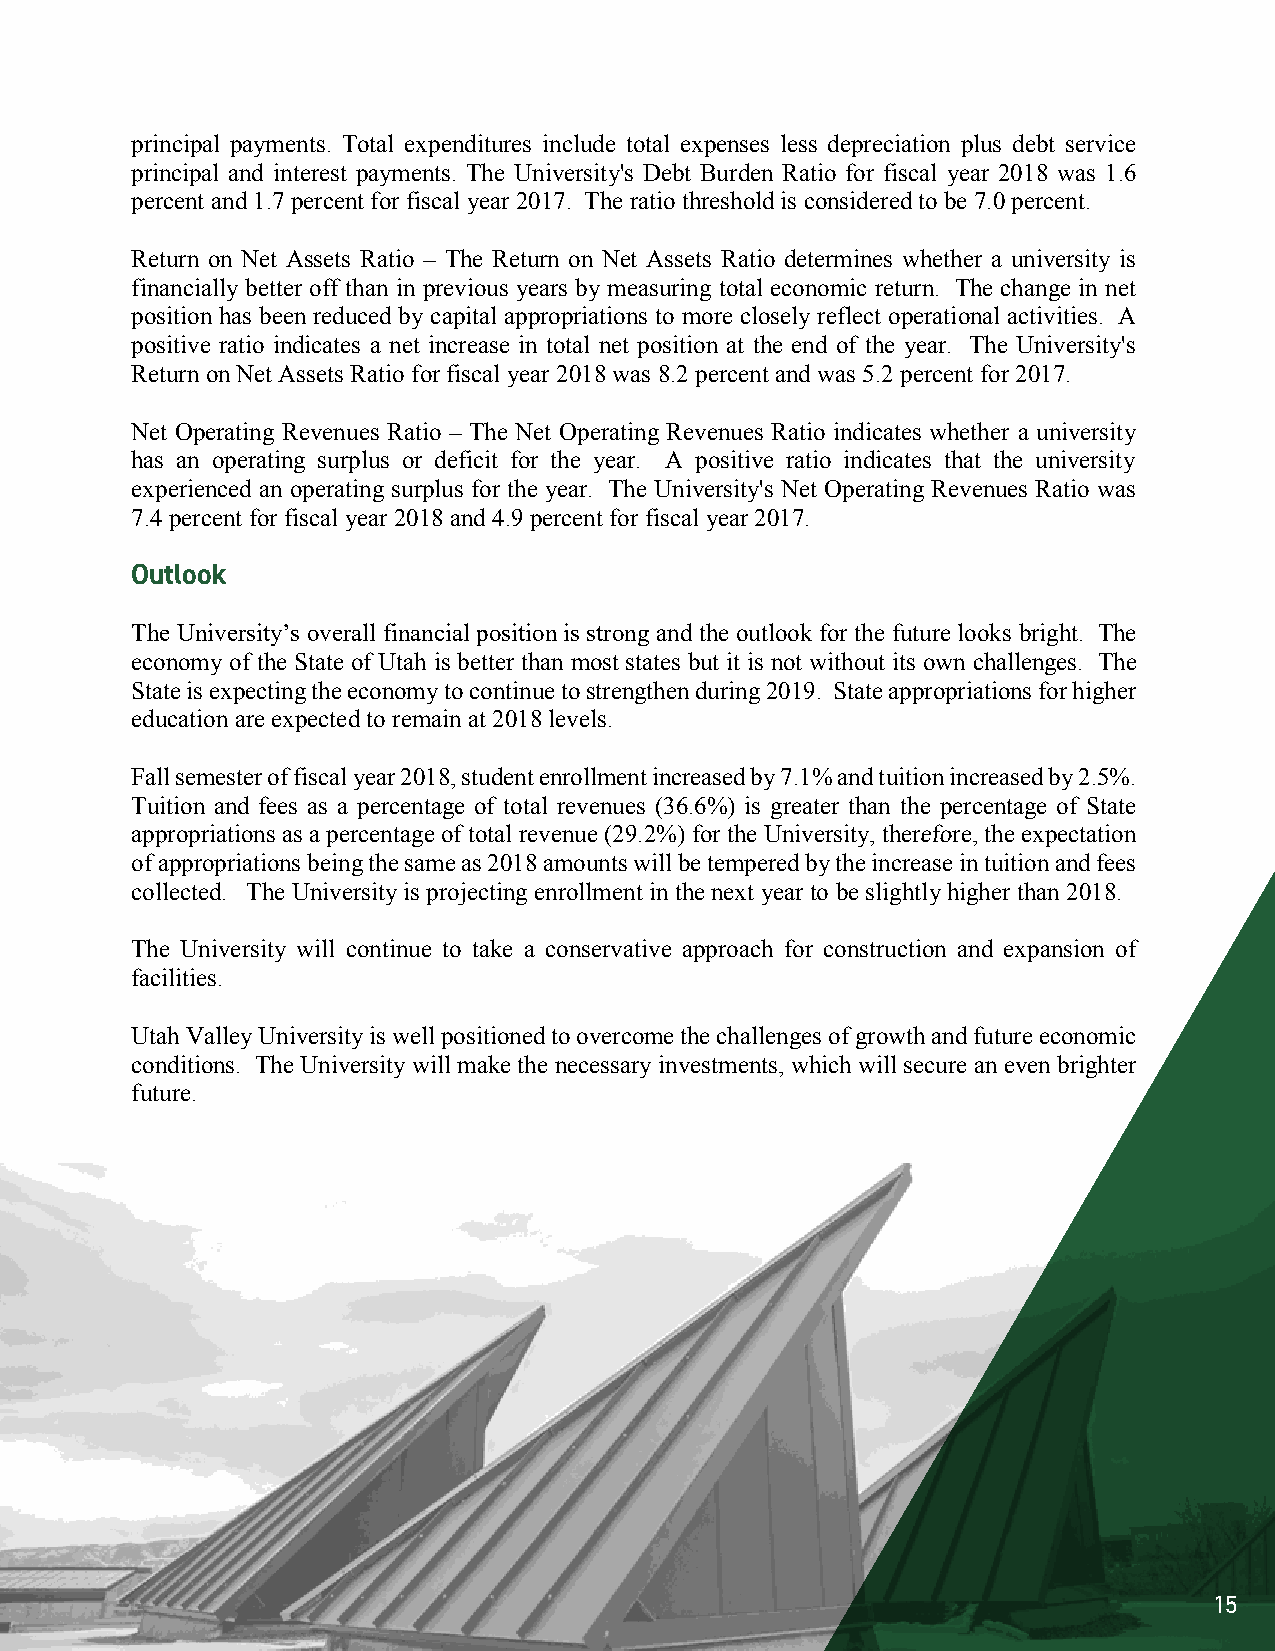
principal payments. Total expenditures include total expenses less depreciation plus debt service
 principal and interest payments. The University's Debt Burden Ratio for fiscal year 2018 was 1.6
 percent and 1.7percent for fiscal year 2017. The ratio threshold is considered to be 7.0percent.
 Return on Net Assets Ratio – The Return on Net Assets Ratio determines whether a university is
 financially better off than in previous years by measuring total economic return. The change in net
 position has been reduced by capital appropriations to more closely reflect operational activities. A
 positive ratio indicates a net increase in total net position at the end of the year. The University's
 Return on Net Assets Ratio for fiscal year 2018was 8.2 percent and was 5.2 percent for 2017.
 Net Operating Revenues Ratio – The Net Operating Revenues Ratio indicates whether a university
 has an operating surplus or deficit for the year. A positive ratio indicates that the university
 experienced an operating surplus for the year. The University's Net Operating Revenues Ratio was
 7.4percent for fiscal year 2018and 4.9percent for fiscal year 2017.
 OOuuttllooookk
 The University’s overall financial position is strong and the outlook for the future looks bright. The
 economy of the State of Utah is better than most states but it is not without its own challenges. The
 State is expecting the economy to continue to strengthen during 2019. State appropriations for higher
 education are expected to remain at 2018levels.
 Fall semester offiscal year 2018, student enrollment increased by 7.1% and tuition increased by 2.5%.
 Tuition and fees as a percentage of total revenues (36.6%) is greater than the percentage of State
 appropriations as a percentage of total revenue (29.2%)for the University, therefore, the expectation
 of appropriations being the sameas2018amountswill be tempered by the increase in tuition and fees
 collected. The University is projecting enrollment in the next year to be slightly higherthan 2018.
 The University will continue to take a conservative approach for construction and expansion of
 facilities.
 Utah Valley University is well positioned to overcome the challenges of growth and future economic
 conditions. The University will make the necessary investments, which will secure an even brighter
 future.
 15
 14